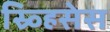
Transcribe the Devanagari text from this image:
स्र्व्हिसेस